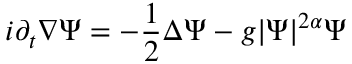
i \partial _ { t } \nabla \Psi = - \frac 1 2 \Delta \Psi - g | \Psi | ^ { 2 \alpha } \Psi